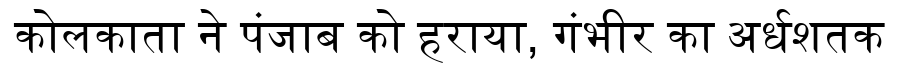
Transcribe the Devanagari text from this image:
कोलकाता ने पंजाब को हराया, गंभीर का अर्धशतक